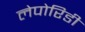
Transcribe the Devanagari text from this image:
लेपोरिडी